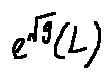
e ^ { \sqrt { g } } ( L )